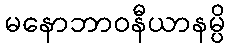
မနောဘာဝနီယာနမ္ပိ